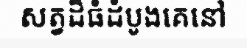
សត្វដ៏ធំដំបូងគេនៅ